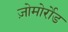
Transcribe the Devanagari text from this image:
ज़ोमोर्रोड